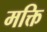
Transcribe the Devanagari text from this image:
मक्ति